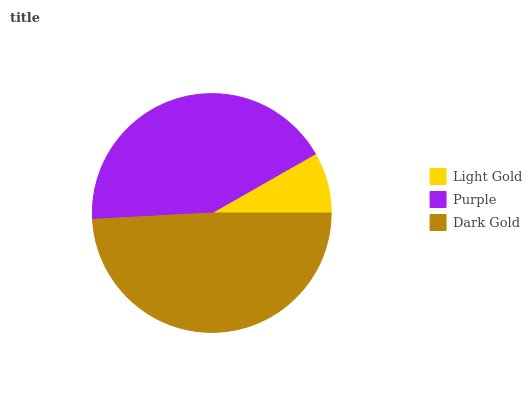
| Light Gold | Purple | Dark Gold |
 | --- | --- | --- |
 | 8.24% | 42.6% | 49.1% |